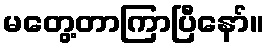
မတွေ့တာကြာပြီနော်။